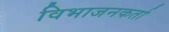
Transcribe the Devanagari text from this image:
विभाजनकर्ता